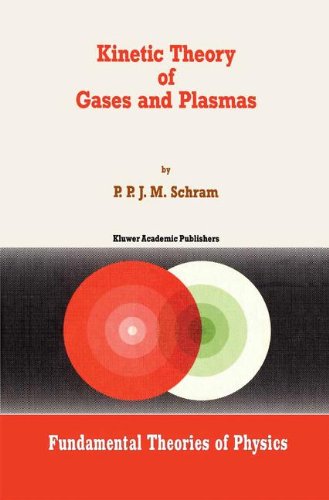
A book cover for Kinetic Theory of Gases and Plasmas (Fundamental Theories of Physics); PPJM Schram; Science & Math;